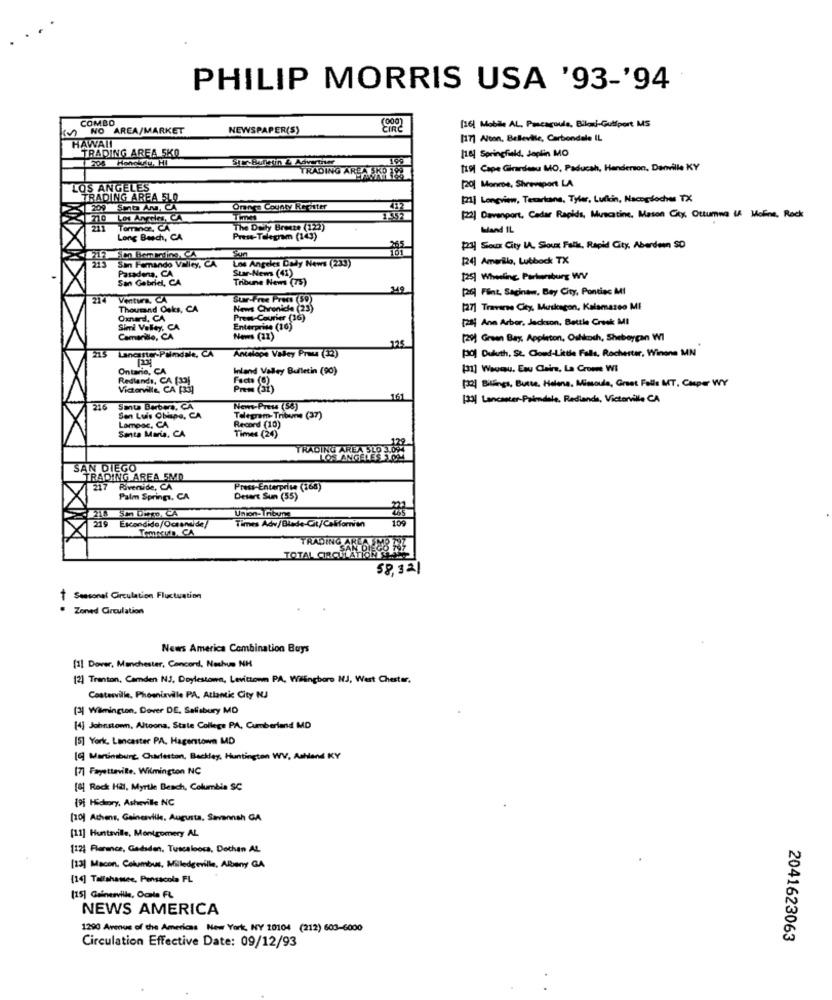
PHILIP MORRIS USA '93-'94
COMBO
(000)
( NO AREA/MARKET
NEWSPAPER(S)
3.
[16] Mobile AL, Pascagoula, Biloxi-Gulfport MS
HAWAII
[17] Alton, Belleville, Carbondale IL
TRADING AREA 5KO
[8] Springfield, Joplin MO
Star Burstin LyAdvertiser
TRADING AREA SKO 188
[19] Cape Girardeau MO, Paducah, Henderson, Danville KY
LOS ANGELES
[20] Monroe, Shreveport LA
TRADING AREA 5LO
[2] Longview, Texarkana, Tyler, Lufkin, Nacogdoches TX
209 5mb An, CA
Onnes County Re after
710 Los Angeles, CA
Times
[2] Davenport, Cedar Rapids, Muscatine, Mason City, Ottumwa LA Molina, Rock
Torrance, CA
The Daily Breeze (122)
bland IL
Long Beach, CA
Press-Telegram (143)
#24 Sioux City IA. Sioux Falls, Rapid City, Aberdeen SD
San Hamando Valley, CA
Los Angeles Daly News (233)
124 Amarillo, Lubbock TX
Pasadena, CA
Star-News (41)
San Gabriel, CA
Tribune News (75)
[25] Wheeling Partiumburg WV
149
[26] Fint, Saginaw, Bay City, Pontiac MI
214
Ventura, CA
Sur-Free Press (59)
Thousand Oaks, CA
News Chvenice (23)
[27] Traverse City, Muskegon, Kalamazoo MI
Oxnard, CA
Prew-Courier (16)
[aff Ann Arbor, Jackson, Battle Creek MI
Simi Valley, CA
Enterprise (16)
Camarillo, CA
News (11)
(20) Green Bay, Appleton, Oshkosh, Sheboygan WI
215
Lancaster-Palmdale, CA
175
pol Duheth, St. Cloud-Little Falls, Rochester, Winone MN
Antelope Valey Price (32)
Ontario, CA
Inland Valley Bulletin (90)
[31] Wausau, Eau Claire, La Crome WI
Redlands, CA [32]
Facts (0)
Victorville, CA [33]
Prem (Si)
[32] Billings, Butte, Helena, Missoula, Great Falls MT, Casper WY
161
[33] Lancaster-Paiendale, Redianda, Victorville CA
216
Sau Berbers, CA
News-Press (58)
San Luis Obispo, CA
Lompoc, CA
Telegram- Tribune (37)
Santa Maria. CA
Record (10)
Times (24)
TRADING AREA SLO 3.094
LOS ANGELES SOM
SAN DIEGO
TRADING AREA 5MD
217 Riverside, CA
Press-Enterprise (168)
Palm Springs, CA
Desert Sun (55)
218 Sm Dem, CA
Union-Thbune
219 Escondido/Octand de/
Times Adv/Blade-Ct/Californien
TRADING ARLA ME
TOTAL CIRCULATION SLA
58,321
Seasonal Circulation Fluctuation
1.
Zoned Circulation
News America Combination Buys
[1] Dover, Manchester, Concord, Noshus NH
[2] Trenton, Camden NJ, Doylestown, Levittown PA, Wilingboro NJ, Wert Chester.
Coatesville. Phoenixville PA. Atlantic City NJ
[2] Wamington, Dover DE. Salisbury MD
[4] Johnstown, Altoona, State College PA, Cumberland MD
[5] York, Lancaster PA. Hagerstown MD
[9] Martinsburg, Charleston, Backley, Huntington WV, Ashland KY
[7] Fayetteville, Wilmington NC
[8] Rock Hal, Myrtle Beach, Columbia SC
[9] Hickory, Asheville NC
[10] Athens, Gainesville, Augusta, Savannah GA
[11] Huntsville, Montgomery AL
[124 Flerance, Gadsden, Tuscaloosa, Dothan AL
[13] Macon. Columbus, Milledgeville, Albany GA
[14] Tallahassee, Pensacola FL
[15] Gainesville, Octa FL
NEWS AMERICA
1290 Avenue of the Americas New York, NY 20104 (212) 603-6000
2041623063
Circulation Effective Date: 09/12/93